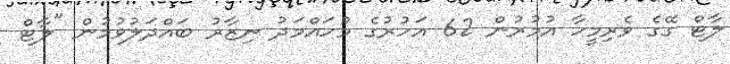
ލާޓް ގޭގެ ވެރިމީހާ އުމުރުން 62 އަހުރުގެ މުހައްމަދު ނިޒާރު ބައްދަލުވުމުން "ލާޓް